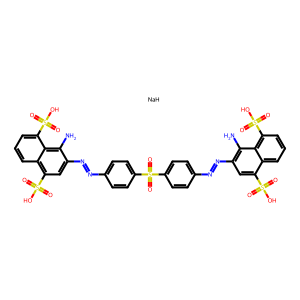
SMILES: Nc1c(N=Nc2ccc(S(=O)(=O)c3ccc(N=Nc4cc(S(=O)(=O)O)c5cccc(S(=O)(=O)O)c5c4N)cc3)cc2)cc(S(=O)(=O)O)c2cccc(S(=O)(=O)O)c12.[NaH]
Inhibits HIV replication: Yes